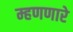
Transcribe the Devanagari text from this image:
म्हणणारे